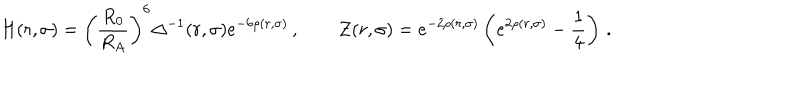
H ( r , \sigma ) = \left( \frac { R _ { 0 } } { R _ { A } } \right) ^ { 6 } \Delta ^ { - 1 } ( r , \sigma ) e ^ { - 6 \rho ( r , \sigma ) } \, , \qquad \mathcal { Z } ( r , \sigma ) = e ^ { - 2 \rho ( r , \sigma ) } \left( e ^ { 2 \rho ( r , \sigma ) } - \frac { 1 } { 4 } \right) \, .